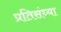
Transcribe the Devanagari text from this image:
प्रतिसंध्या